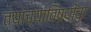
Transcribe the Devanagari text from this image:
त्यांच्याविषयीचा